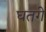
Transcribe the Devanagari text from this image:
घतगे